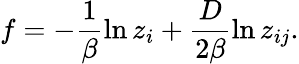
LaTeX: f=-\frac{1}{\beta}\ln z_{i}+\frac{D}{2\beta}\ln z_{ij}.